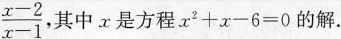
\frac{x-2}{x-1}, 其中x是方程$$x^{2}+x-6=0$$的解.